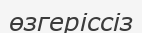
өзгеріссіз